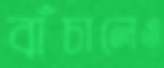
বাঁচালেও